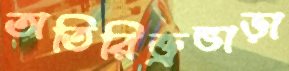
অতিরিক্ত্রভাড়া